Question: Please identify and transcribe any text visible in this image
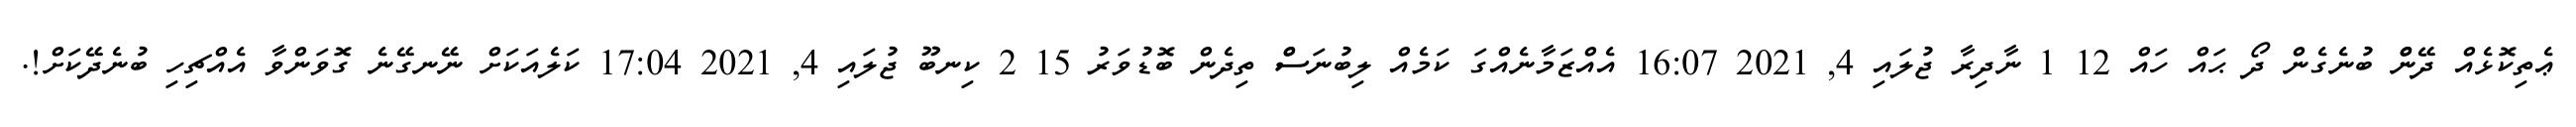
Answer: ޢެތިކޮޅެއް ދޭންް ބުނެގެން ދޯ ޙައް ހައް 12 1 ނާދިރާ ޖުލައި 4, 2021 16:07 އެއްޒަމާނެއްގަ ކަމެއް ލިބުނަސްް ތިދެން ބޮޑުވަރު 15 2 ކިނބޫ ޖުލައި 4, 2021 17:04 ކަލެއަކަށް ނޭނގޭނެ ގޮވަންވާ އެއްޗިހި ބުނެދޭކަށް!.